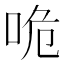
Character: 𠱓